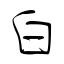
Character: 白